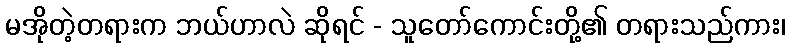
မအိုတဲ့တရားက ဘယ်ဟာလဲ ဆိုရင် - သူတော်ကောင်းတို့၏ တရားသည်ကား၊